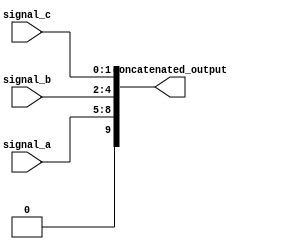
module concat_example (
    input wire [3:0] signal_a,  // 4-bit input signal
    input wire [2:0] signal_b,  // 3-bit input signal
    input wire [1:0] signal_c,  // 2-bit input signal
    output wire [9:0] concatenated_output // 10-bit output signal
);

// Continuous assignment using concatenation
assign concatenated_output = {signal_a, signal_b, signal_c}; // Concatenate signals

endmodule